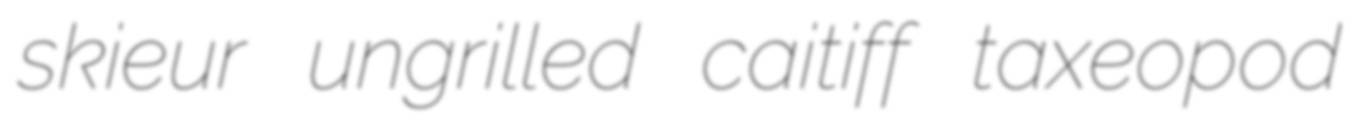
skieur ungrilled caitiff taxeopod